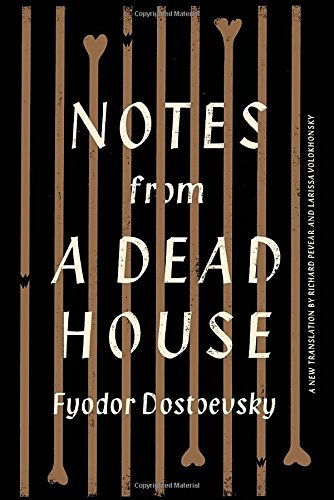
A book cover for Notes from a Dead House; Fyodor Dostoevsky; Literature & Fiction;